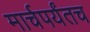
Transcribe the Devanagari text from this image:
मार्चपर्यंतच